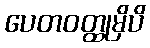
ပေတဝတ္ထုမှိပိ